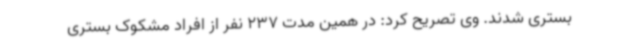
بستری شدند. وی تصریح کرد: در همین مدت 237 نفر از افراد مشکوک بستری